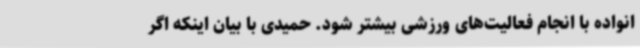
انواده با انجام فعالیت‌های ورزشی بیشتر شود. حمیدی با بیان اینکه اگر